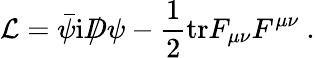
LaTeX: {\cal L}=\bar{\psi}\mathrm{i}D\! \! \! \! /\, \psi-\frac{1}{2}\mathrm{tr}F_{\mu\nu}F^{\mu\nu}\ .